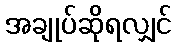
အချုပ်ဆိုရလျှင်